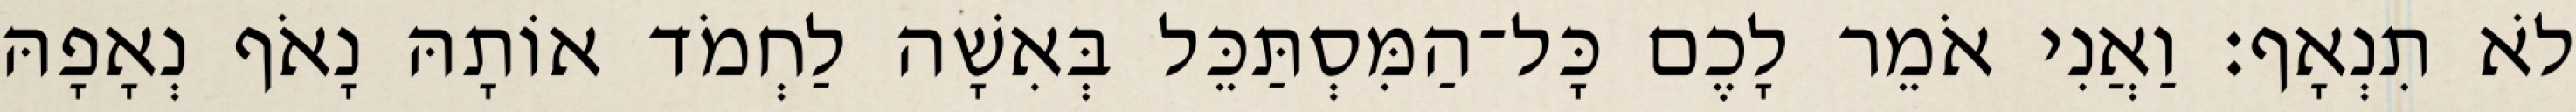
לֹא תִנְאָף׃ וַאֲנִי אֹמֵר לָכֶם כָּל־הַמִּסְתַּכֵּל בְּאִשָׁה לַחְמֹד אוֹתָהּ נָאֹף נְאָפָהּ